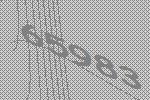
65983